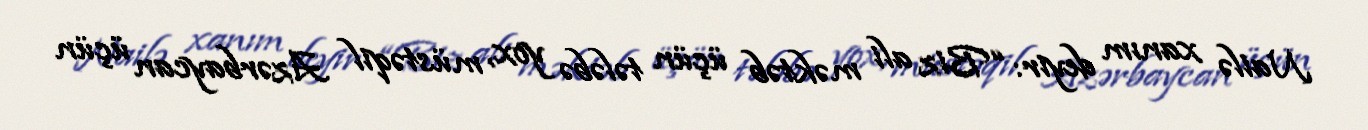
Nailə xanım deyir: “Biz ali məktəb üçün tələbə yox, müstəqil Azərbaycan üçün